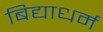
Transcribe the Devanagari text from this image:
बिद्याधर्म